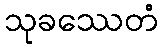
သုခဿေတံ